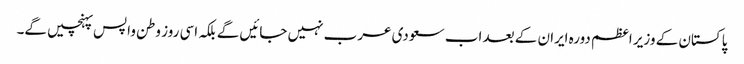
پاکستان کے وزیر اعظم دورہ ایران کے بعد اب سعودی عرب نہیں جائیں گے بلکہ اسی روز وطن واپس پہنچیں گے۔